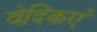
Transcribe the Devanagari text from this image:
वेदिकएँ